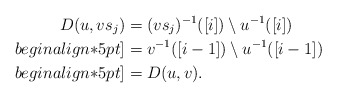
\begin{align*}D(u,vs_j)&=(vs_j)^{-1}([i])\setminus u^{-1}([i])\\begin{align*}5pt]&=v^{-1}([i-1])\setminus u^{-1}([i-1])\\begin{align*}5pt]&=D(u,v).\end{align*}